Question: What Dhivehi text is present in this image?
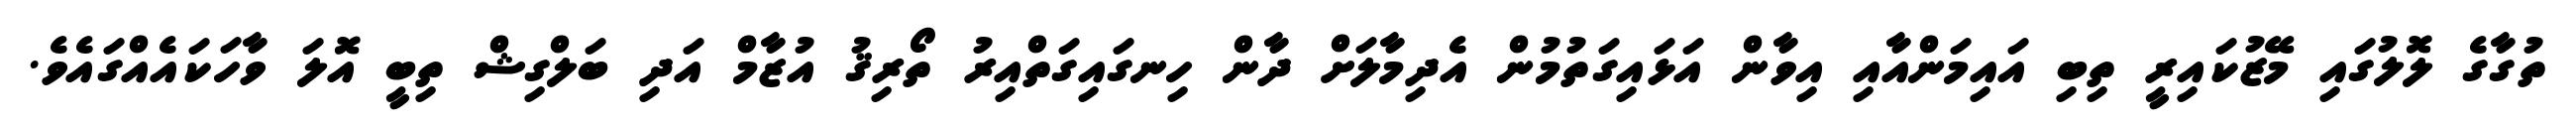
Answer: ތުގާގެ ލޮލުގައި މޭޒުކައިރީ ތިބި އައިމަންއާއި އިވާން އަޅައިގަތުމުން އެދިމާލަށް ދާން ހިނގައިގަތްއިރު ތޯރިޤު އުޒާމް އަދި ބަލްގިޝް ތިބީ އޮލަ ވާހަކައެއްގައެވެ.